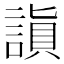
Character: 𬢻